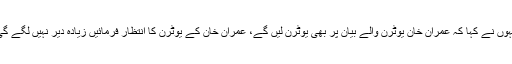
انہوں نے کہا کہ عمران خان یوٹرن والے بیان پر بھی یوٹرن لیں گے، عمران خان کے یوٹرن کا انتظار فرمائیں زیادہ دیر نہیں لگے گی۔